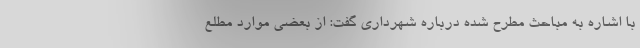
با اشاره به مباحث مطرح شده درباره شهرداری گفت: از بعضی موارد مطلع